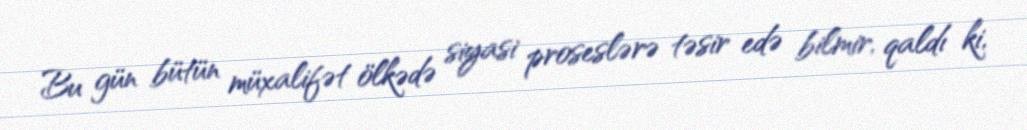
Bu gün bütün müxalifət ölkədə siyasi proseslərə təsir edə bilmir, qaldı ki,